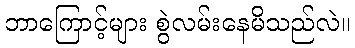
ဘာကြောင့်များ စွဲလမ်းနေမိသည်လဲ။